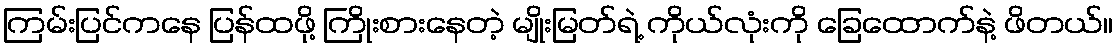
ကြမ်းပြင်ကနေ ပြန်ထဖို့ ကြိုးစားနေတဲ့ မျိုးမြတ်ရဲ့ ကိုယ်လုံးကို ခြေထောက်နဲ့ ဖိတယ်။